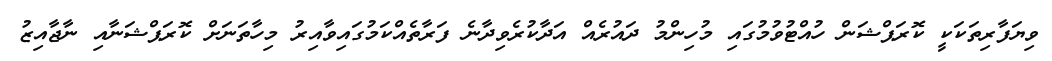
ވިޔަފާރިތަކަކީ ކޮރަޕްޝަން ހުއްޓުވުމުގައި މުހިންމު ދައުރެއް އަދާކުރެވިދާނެ ފަރާތެއްކަމުގައިވާއިރު މިހާތަނަށް ކޮރަޕްޝަނާއި ނާޖާއިޒު